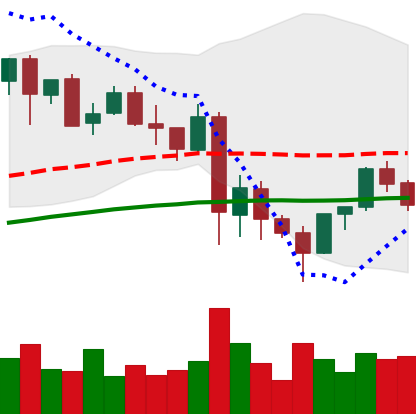
Ticker: LINK-USD
Chart end date: 2021-05-28
Forward return: 9.676%
Label: up_7plus